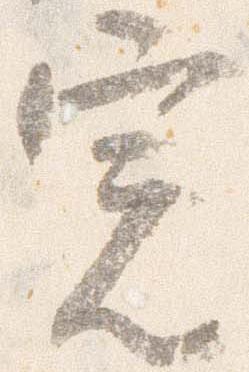
定